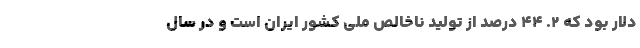
دلار بود که ۲. ۴۴ درصد از تولید ناخالص ملی کشور ایران است و در سال